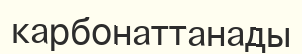
карбонаттанады